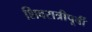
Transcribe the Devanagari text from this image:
शिवरात्रीपूर्वी